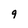
Character: 9